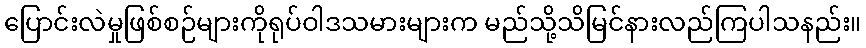
ပြောင်းလဲမှုဖြစ်စဉ်များကိုရုပ်ဝါဒသမားများက မည်သို့သိမြင်နားလည်ကြပါသနည်း။